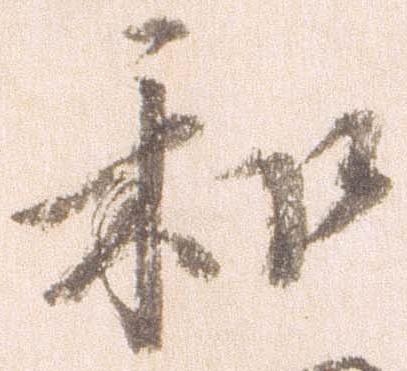
和